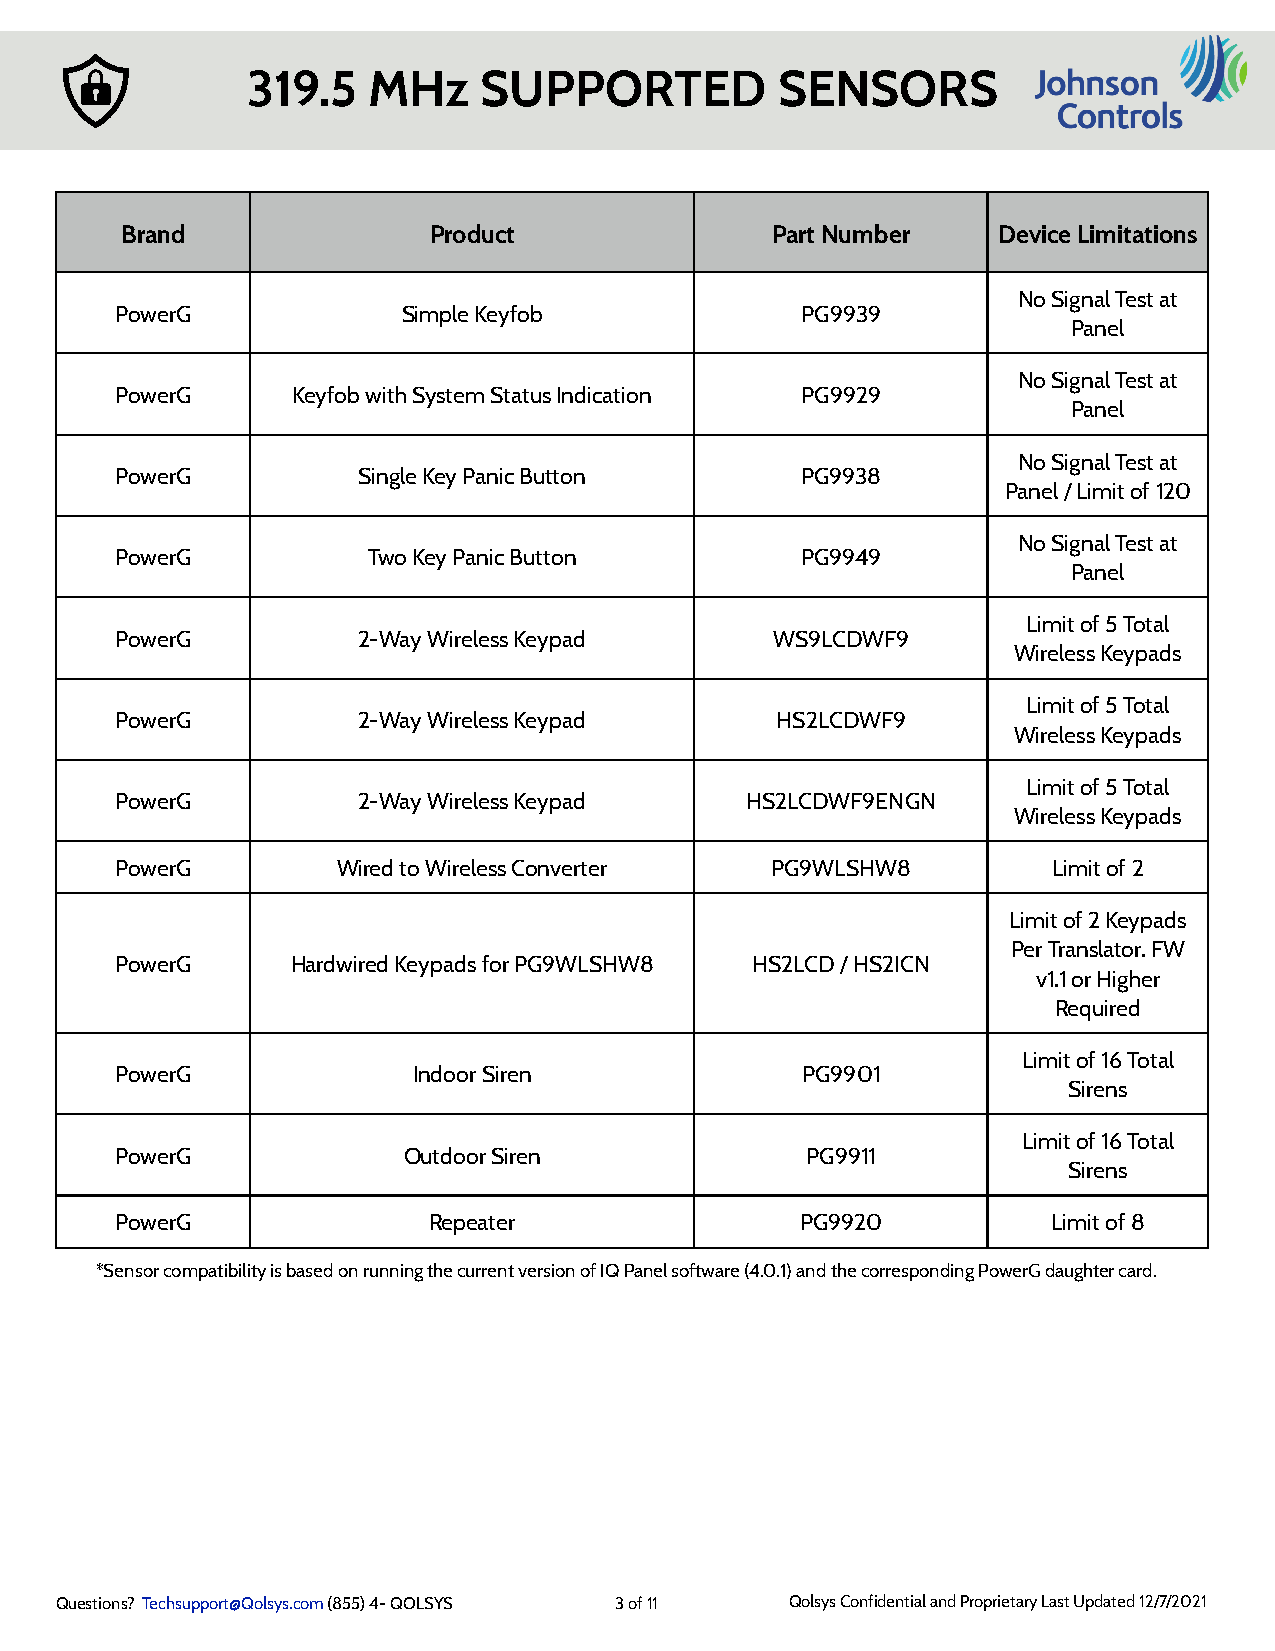
319.5   MHz     SUPPORTED          SENSORS
 Brand               Product                Part Number    Device Limitations
 No Signal Test at
 PowerG             Simple Keyfob             PG9939
 Panel
 No Signal Test at
 PowerG     Keyfob with System Status Indication PG9929
 Panel
 No Signal Test at
 PowerG          Single Key Panic Button      PG9938
 Panel / Limit of 120
 No Signal Test at
 PowerG          Two Key Panic Button         PG9949
 Panel
 Limit of 5 Total
 PowerG          2-Way Wireless Keypad      WS9LCDWF9
 Wireless Keypads
 Limit of 5 Total
 PowerG          2-Way Wireless Keypad      HS2LCDWF9
 Wireless Keypads
 Limit of 5 Total
 PowerG          2-Way Wireless Keypad    HS2LCDWF9ENGN
 Wireless Keypads
 PowerG        Wired to Wireless Converter  PG9WLSHW8          Limit of 2
 Limit of 2 Keypads
 Per Translator. FW
 PowerG     Hardwired Keypads for PG9WLSHW8 HS2LCD / HS2ICN
 v1.1 or Higher
 Required
 Limit of 16 Total
 PowerG             Indoor Siren              PG9901
 Sirens
 Limit of 16 Total
 PowerG             Outdoor Siren             PG9911
 Sirens
 PowerG              Repeater                 PG9920           Limit of 8
 *Sensor compatibility is based on running the current version of IQ Panel software (4.0.1) and the corresponding PowerG daughter card.
 Questions? Techsupport@Qolsys.com (855) 4- QOLSYS 3 of 11 Qolsys Confidential and Proprietary Last Updated 12/7/2021